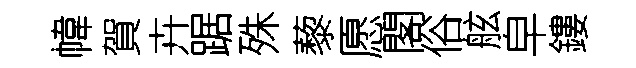
幃賀卉踞殊藜愿閣俗舷皁鏤